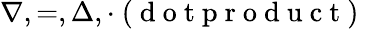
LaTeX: \nabla,=,\Delta,\cdot\mathrm{~(~d~o~t~p~r~o~d~u~c~t~)~}